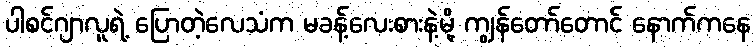
ပါစင်ဂျာလူရဲ့ ပြောတဲ့လေသံက မခန့်လေးစားနဲ့မို့ ကျွန်တော်တောင် နောက်ကနေ